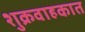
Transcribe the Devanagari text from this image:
शुक्रवाहकात